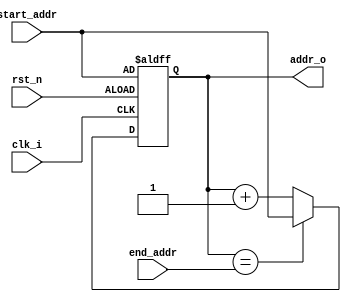
module counter(
  input clk_i,
  input rst_n,
  input [4:0] start_addr,
  input [4:0] end_addr,
  output [4:0] addr_o
);

reg [4:0] cnt;
wire [4:0] cnt_nxt = (cnt == end_addr) ? start_addr : cnt + 1'b1;

always @ (posedge clk_i or negedge rst_n) begin
  if (~rst_n) cnt <= start_addr;
  else cnt <= cnt_nxt;
end

assign addr_o = cnt;

endmodule